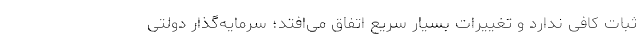
ثبات کافی ندارد و تغییرات بسیار سریع اتفاق می‌افتد؛ سرمایه‌گذار دولتی